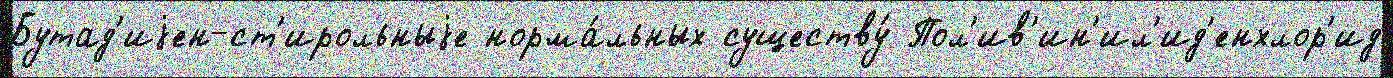
Бутад'иjен-ст'ирольныjе норма́льных существу́ Пол'ив'ин'ил'ид'енхлор'ид